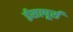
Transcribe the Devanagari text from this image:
ईसापूर्स